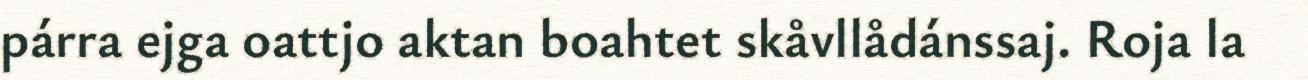
párra ejga oattjo aktan boahtet skåvllådánssaj. Roja la